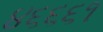
૪૬૬૬૧